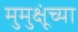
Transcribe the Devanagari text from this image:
मुमुक्षूंच्या